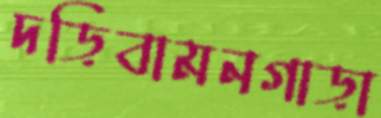
দড়িবামনগাড়া